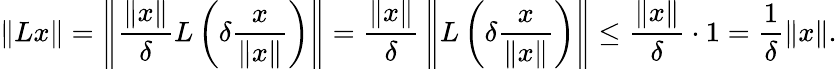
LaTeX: \| Lx\| =\left\Vert{\frac{\| x\| }{\delta}}L\left(\delta{\frac{x}{\| x\| }}\right)\right\Vert={\frac{\| x\| }{\delta}}\left\Vert L\left(\delta{\frac{x}{\| x\| }}\right)\right\Vert\leq{\frac{\| x\| }{\delta}}\cdot 1={\frac{1}{\delta}}\| x\| .